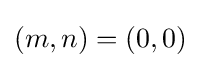
(m,n)=(0,0)